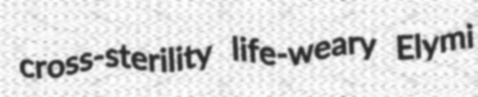
cross-sterility life-weary Elymi